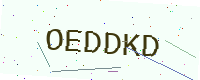
Text: OEDDKD